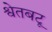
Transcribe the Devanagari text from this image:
श्वेतबटू